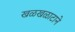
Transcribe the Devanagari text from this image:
खळखळाटाने